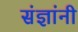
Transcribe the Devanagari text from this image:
संज्ञांनी